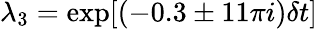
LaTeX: \lambda_{3}=\exp[(-0.3\pm 11\pi i)\delta t]